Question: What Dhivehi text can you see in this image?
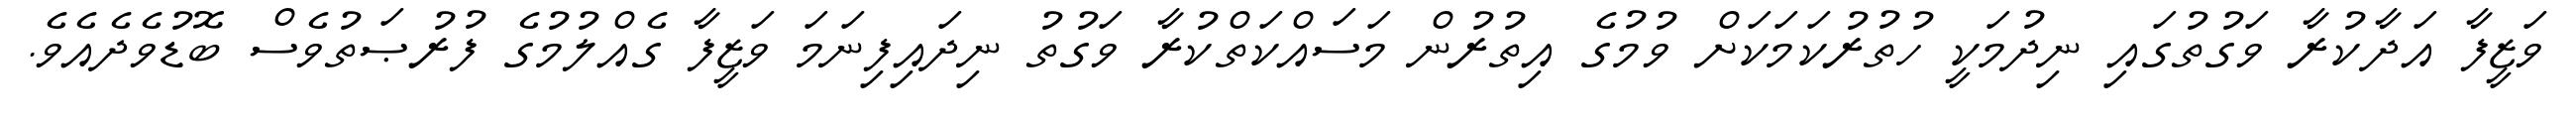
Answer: ވަޒީފާ އަދާކުރާ ވަގުތުގައި ނިދުމަކީ ހުތުރުކަމަކަށް ވުމުގެ އިތުރުން މަސައްކަތްކުރާ ވަގުތު ނިދައިފިނަމަ ވަޒީފާ ގެއްލުމުގެ ފުރުޞަތުވެސް ބޮޑުވެދެއެވެ.